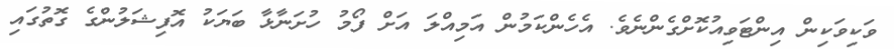
ވަކިވަކިން އިންޓަވިއުކޮށްގެންނެވެ. އެހެންކަމުން އަމިއްލަ އަށް ފޯމު ހުށަނާޅާ ބަޔަކު އޮފިޝަލުންގެ ގޮތުގައި